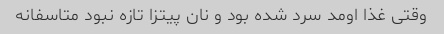
وقتی غذا اومد سرد شده بود و نان پیتزا تازه نبود متاسفانه